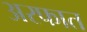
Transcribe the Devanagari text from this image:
अरफात